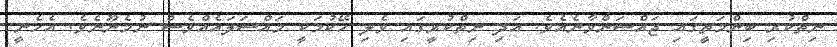
ނިތްކުރި ބިންމަތީގައި ޖައްސަންވާނެއެވެ. އަދި ނިތްކުރީގައި ވެލި ހޭކުމަކީ މައްސަލައެއްވެސް ނުމެނޫނެވެ. އެހެނީ